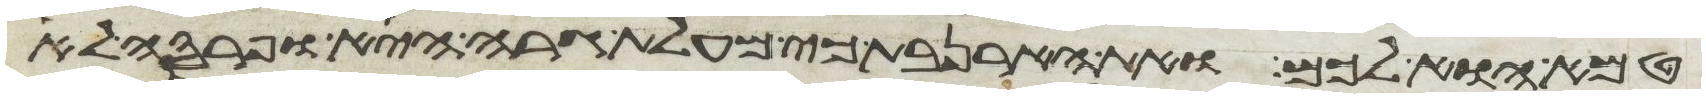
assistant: טמא הוא לכם ואת הארנבת כי מעלת גרה היא ופרסה לא